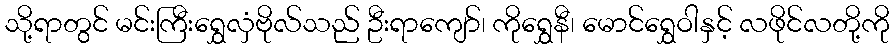
သို့ရာတွင် မင်းကြီးရွှေလှံဗိုလ်သည် ဦးရာကျော်၊ ကိုရွှေနီ၊ မောင်ရွှေဝါနှင့် လဖိုင်လတို့ကို